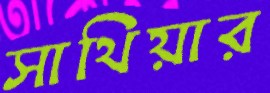
সাথিয়ার